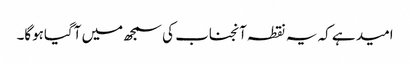
امید ہے کہ یہ نقطہ آنجناب کی سمجھ میں آگیاہوگا۔